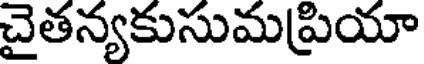
చైతన్యకుసుమప్రియా